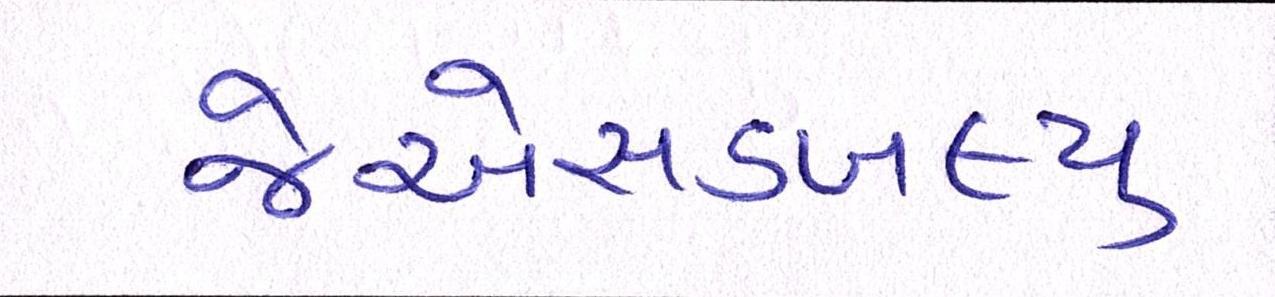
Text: જેએસડબલ્યુ